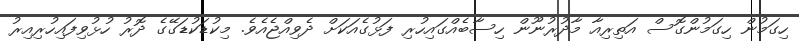
ހިގަމުން ހިގަމުންގޮސް އަތިރިއާ މާދުރުނޫން ހިސާބެއްގައިހުރި ފަޅުގެއަކަށް ދެވިއްޖެއެވެ. މިކުޑަކުޑަގޭގެ ދޮރު ހުޅުވިފައިހުރިއިރު